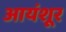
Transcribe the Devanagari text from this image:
आयंशूर